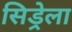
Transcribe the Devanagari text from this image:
सिड्रेला